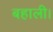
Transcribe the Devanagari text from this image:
बहाली।